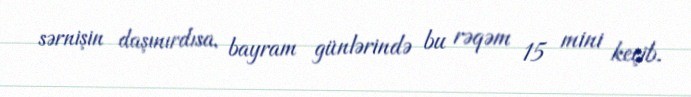
sərnişin daşınırdısa, bayram günlərində bu rəqəm 15 mini keçib.